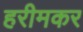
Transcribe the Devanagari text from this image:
हरीमकर